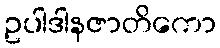
ဥပါဒါနဇာတိကော